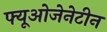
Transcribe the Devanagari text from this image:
फ्यूओजेनेटीन